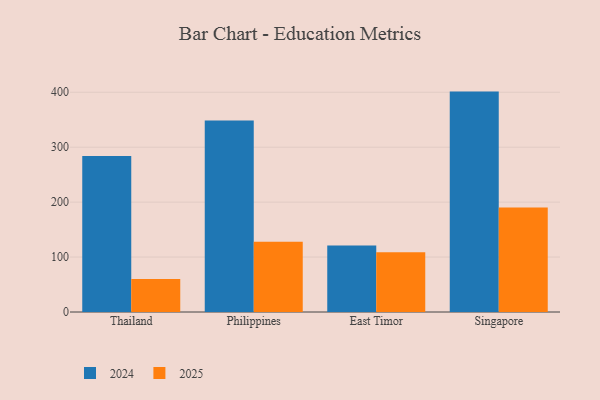
{"axis": {"x": "Country", "y": "Satisfaction Score"}, "legend": ["2024", "2025"], "data": [{"x": "Thailand", "y": 283.8, "type": "2024"}, {"x": "Thailand", "y": 60.0, "type": "2025"}, {"x": "Philippines", "y": 348.8, "type": "2024"}, {"x": "Philippines", "y": 127.8, "type": "2025"}, {"x": "East Timor", "y": 121.1, "type": "2024"}, {"x": "East Timor", "y": 108.6, "type": "2025"}, {"x": "Singapore", "y": 401.2, "type": "2024"}, {"x": "Singapore", "y": 190.1, "type": "2025"}]}